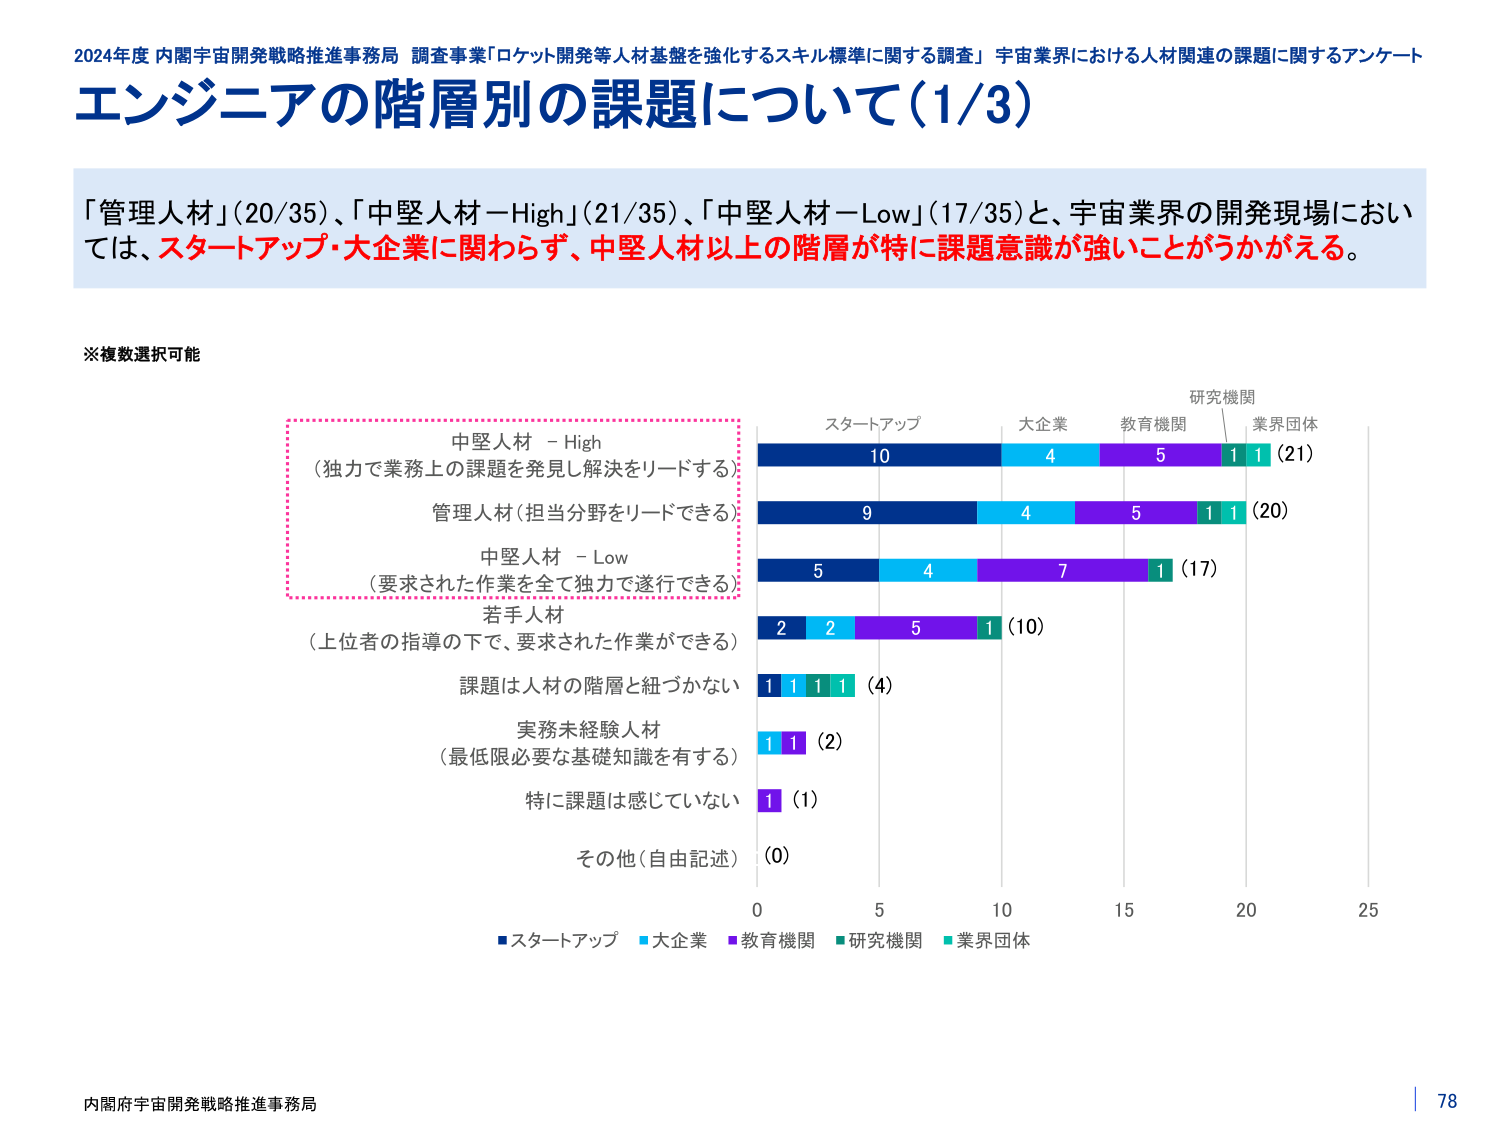
2024年度 内閣宇宙開発戦略推進事務局 調査事業「ロケット開発等人材基盤を強化するスキル標準に関する調査」 宇宙業界における人材関連の課題に関するアンケート
エンジニアの階層別の課題について（1/3）

「管理人材」（20/35）、「中堅人材－High」（21/35）、「中堅人材－Low」（17/35）と、宇宙業界の開発現場においては、スタートアップ・大企業に関わらず、中堅人材以上の階層が特に課題意識が強いことがうかがえる。

※複数選択可能

中堅人材 － High
（独力で業務上の課題を発見し解決をリードする）
管理人材（担当分野をリードできる）
中堅人材 － Low
（要求された作業を全て独力で遂行できる）
若手人材
（上位者の指導の下で、要求された作業ができる）
課題は人材の階層と紐づかない
実務未経験人材
（最低限必要な基礎知識を有する）
特に課題は感じていない
その他（自由記述）

スタートアップ　大企業　教育機関　研究機関　業界団体
10　4　5　1　1　（21）
9　4　5　1　1　（20）
5　4　7　1　　（17）
2　2　5　1　　（10）
1　1　1　1　　（4）
1　1　　（2）
1　　（1）
（0）

■スタートアップ ■大企業 ■教育機関 ■研究機関 ■業界団体

内閣府宇宙開発戦略推進事務局
78